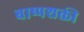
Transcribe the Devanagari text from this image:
बाष्पशक्ती